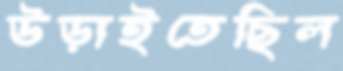
উড়াইতেছিল